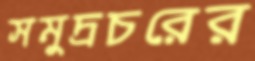
সমুদ্রচরের